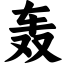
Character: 轰